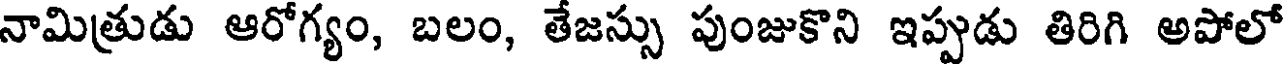
నామిత్రుడు ఆరోగ్యం, బలం, తేజస్సు పుంజుకొని ఇప్పుడు తిరిగి అపోలో